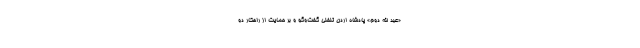
«عبد الله دوم» پادشاه اردن تلفنی گفت‌و‌گو و بر حمایت از راهکار دو